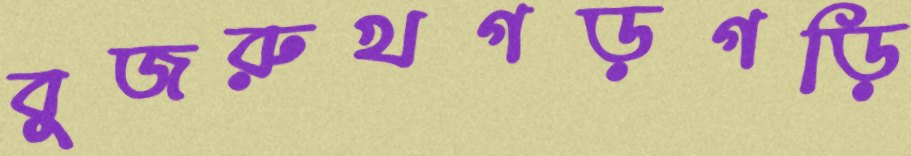
বুজরুখগড়গড়ি